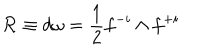
LaTeX: { \cal R } \equiv d \omega = { \frac { 1 } { 2 } } f ^ { - i } \wedge f ^ { + i }